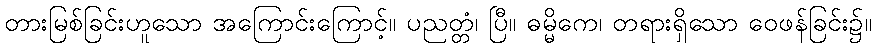
တားမြစ်ခြင်းဟူသော အကြောင်းကြောင့်။ ပညတ္တံ၊ ပြီ။ ဓမ္မိကေ၊ တရားရှိသော ဝေဖန်ခြင်း၌။